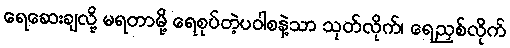
ရေဆေးချလို့ မရတာမို့ ရေစုပ်တဲ့ပဝါစနဲ့သာ သုတ်လိုက်၊ ရေညှစ်လိုက်